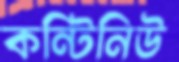
কন্টিনিউ